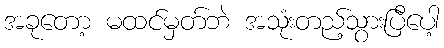
အခုတော့ မထင်မှတ်ဘဲ အသုံးတည့်သွားပြီပေါ့